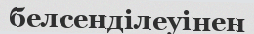
белсенділеуінен